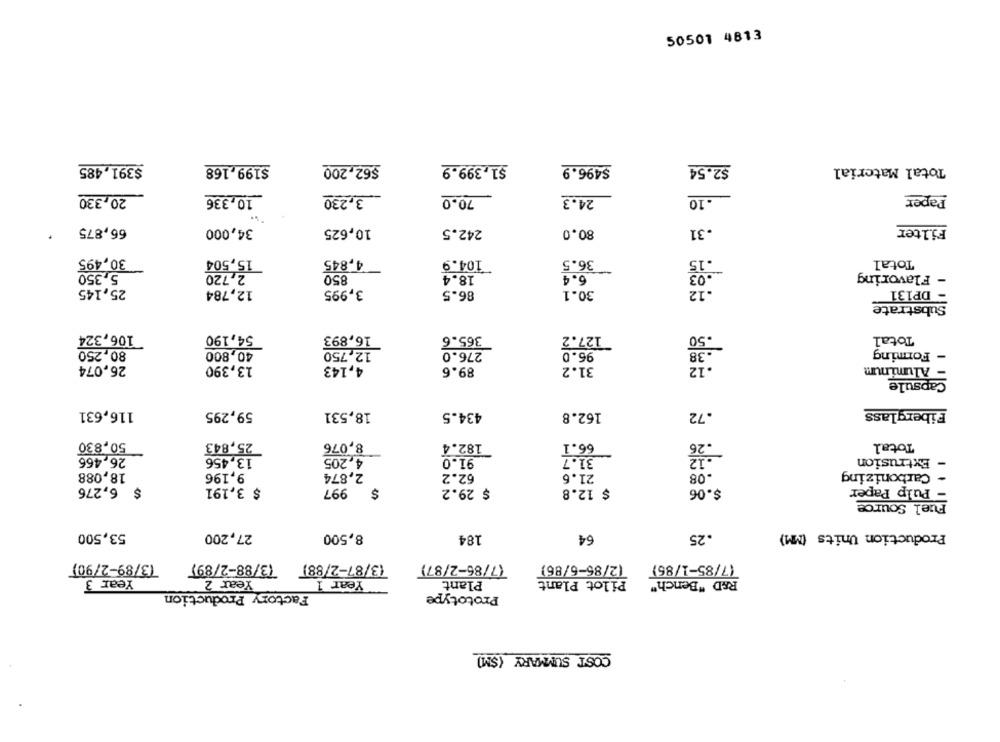
50501 4813
$391,485
$199.168
$62,200
$1,399.9
$496.9
$2.54
Total Material
20,330
10,336
3,230
70.0
24.3
-- 10
Paper
66,875
34,000
10,625
242.5
80.0
.31
Filter
15,504
4,845
Total
30,495
104.9
36.5
.03
5,350
2,720
850
18.4
6.4
- Flavoring
25,145
12,784
12
- DP131
3,995
86.5
30.1
Substrate
106,324
54,190
16,893
365.6
127.2
Total
80,250
-38
40,800
12,750
276.0
96.0
- Forming
12
26,074
13,390
4,143
89.6
31.2
- Aluminum
Capsule
116,631
59,295
18,531
434.5
162.8
.72
Fiberglass
50,830
25,843
8.076
182.4
66.1
Total
.12
26,466
13,456
4,205
91.0
31.7
- Extrusion
18,088
9,196
2,874
62.2
21.6
.08
Carbonizing
$ 6,276
$ 3,191
997
$
$ 29.2
$ 12.8
$.06
- Pulp Paper
Fuel Source
53,500
27,200
8,500
.25
Production Units (MM)
184
64
73/89-2/90)
(3/87-2/88) (3/88-27897
(7/86-2/87)
(7/85-1/85)
(2/85-6/86)
Pilot Plant
Year 3
Year 2
Year 1
Plant
R&D "Bench"
Factory Production
Prototype
COST SUMMARY (SM)